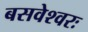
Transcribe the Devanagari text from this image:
बसवेश्वरः